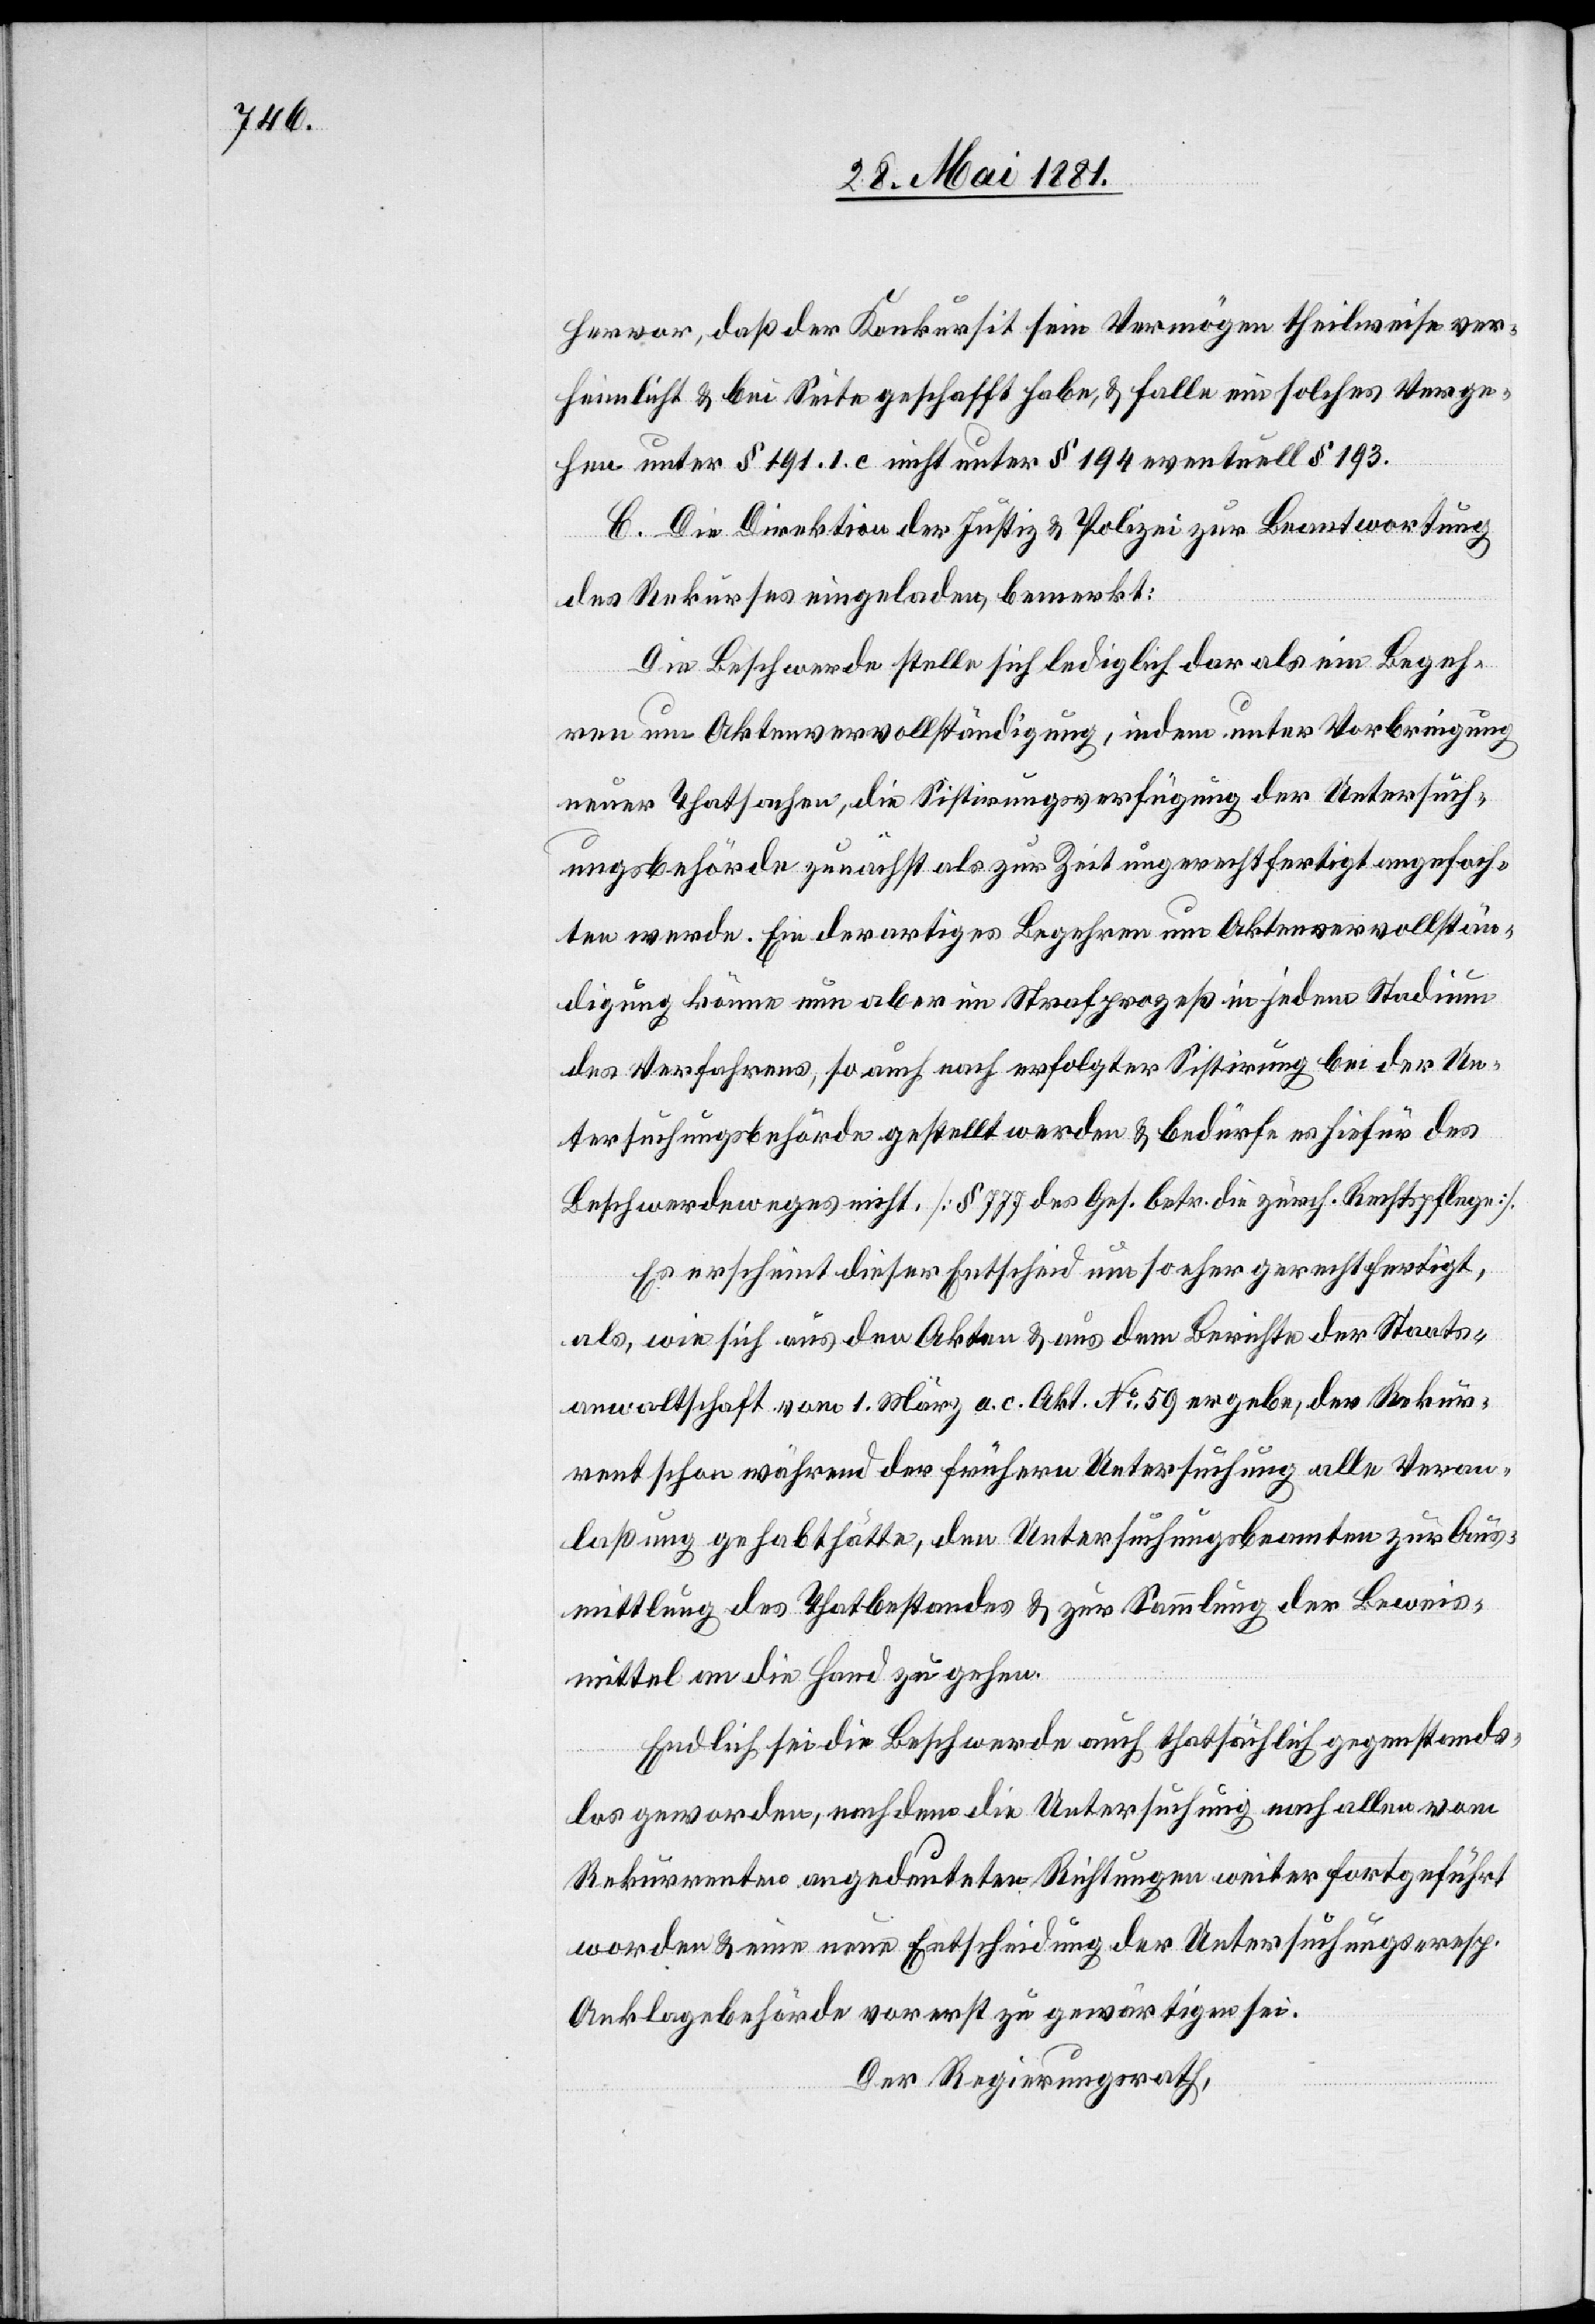
hervor, daß der Konkursit sein Vermögen theilweise ver¬
heimlicht & bei Seite geschafft habe, & falle ein solches Verge¬
hen unter § 191. I. c. nicht unter § 194 eventuell § 193.
C. Die Direktion der Justiz & Polizei zur Beantwortung
des Rekurses eingeladen, bemerkt:
Die Beschwerde stelle sich lediglich dar als ein Begeh¬
ren um Aktenvervollständigung, in dem unter Vorbringung
einer Thatsache, die Sistirungsverfügung der Untersuch¬
ungsbehörde zunächst als zur Zeit ungerechtfertigt angefoch¬
ten werde. Ein derartiges Begehren um Aktenvervollstän¬
digung könne nun aber im Strafprozeß in jedem Stadium
des Verfahrens, so auch nach erfolgter Sistirung bei der Un¬
tersuchungsbehörde gestellt werden & bedürfe es hiefür des
Beschwerdeweges nicht. [§ 777 des Ges. betr. die zürch. Rechtspflege].
Es erscheint dieser Entscheid um so eher gerechtfertigt,
als, wie sich aus den Akten & aus dem Berichte der Staats¬
anwaltschaft vom 1. März a. c. Akt. No 59 ergebe, der Rekur¬
rent schon während der frühern Untersuchung alle Veran¬
laßung gehabt hätte, den Untersuchungsbeamten zur Aus¬
mittlung des Thatbestandes & zur Sammlung der Beweis¬
mittel an die Hand zu gehen.
Endlich sei die Beschwerde auch thatsächlich gegenstands¬
los geworden, nachdem die Untersuchung nach allen vom
Rekurrenten angedeuteten Richtungen weiter fortgeführt
worden & eine neue Entscheidung der Untersuchungs- resp.
Anklagebehörde vorerst zu gewärtigen sei.
Der Regierungsrath,